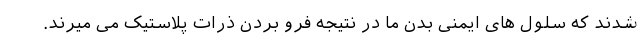
شدند که سلول های ایمنی بدن ما در نتیجه فرو بردن ذرات پلاستیک می میرند.